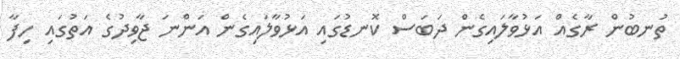
ތުނބުން ރާގެއް އަޅުވާލައިގެން ދަބަސް ކޮނޑުގައި އަޅުވާލައިގެން އަންނަ ޖާވިދުގެ އަތުގައި ހިފާ